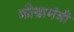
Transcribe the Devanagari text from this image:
क्रीडामंत्री